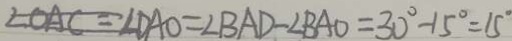
\angle O A C = \angle D A O = \angle B A D - \angle B A O = 3 0 ^ { \circ } - 1 5 ^ { \circ } = 1 5 ^ { \circ }